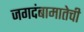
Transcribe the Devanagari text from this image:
जगदंबामातेची